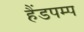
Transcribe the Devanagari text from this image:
हैंडपम्प